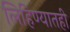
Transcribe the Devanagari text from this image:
लिहिण्यातही